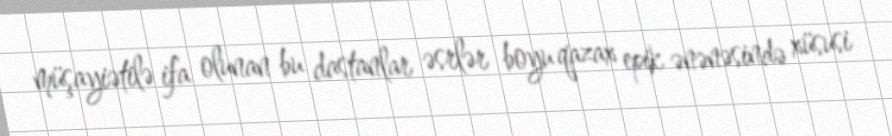
müşayiətilə ifa olunan bu dastanlar əsrlər boyu qazax epik ənənəsində xüsusi